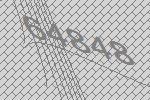
64848